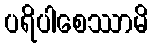
ပရိပါစေဿာမိ